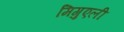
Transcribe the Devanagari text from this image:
मिगुएली